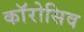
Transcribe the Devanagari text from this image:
काॅरोसिव